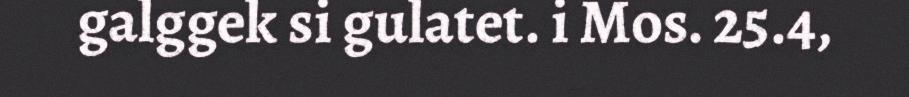
galggek si gulatet. i Mos. 25.4,